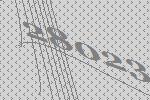
28023